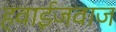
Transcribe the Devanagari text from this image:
हवाईजवाज